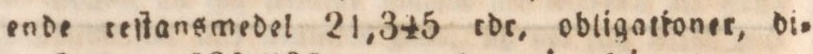
ende teſtansmedel 21,345 rdr, obligationer, di=